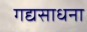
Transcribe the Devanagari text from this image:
गद्यसाधना